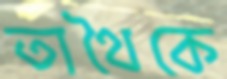
তাথৈকে